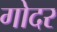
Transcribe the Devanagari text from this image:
गोदर